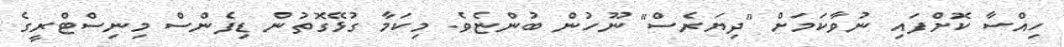
ހިއްސާ ކޮށްފައި ނުވާކަމަށް "ދިޔަރެސް" ނޫހުން ބުންޏެވެ. މިކަމާ ގުޅޭގޮތުން ޑިފެންސް މިނިސްޓްރީގެ